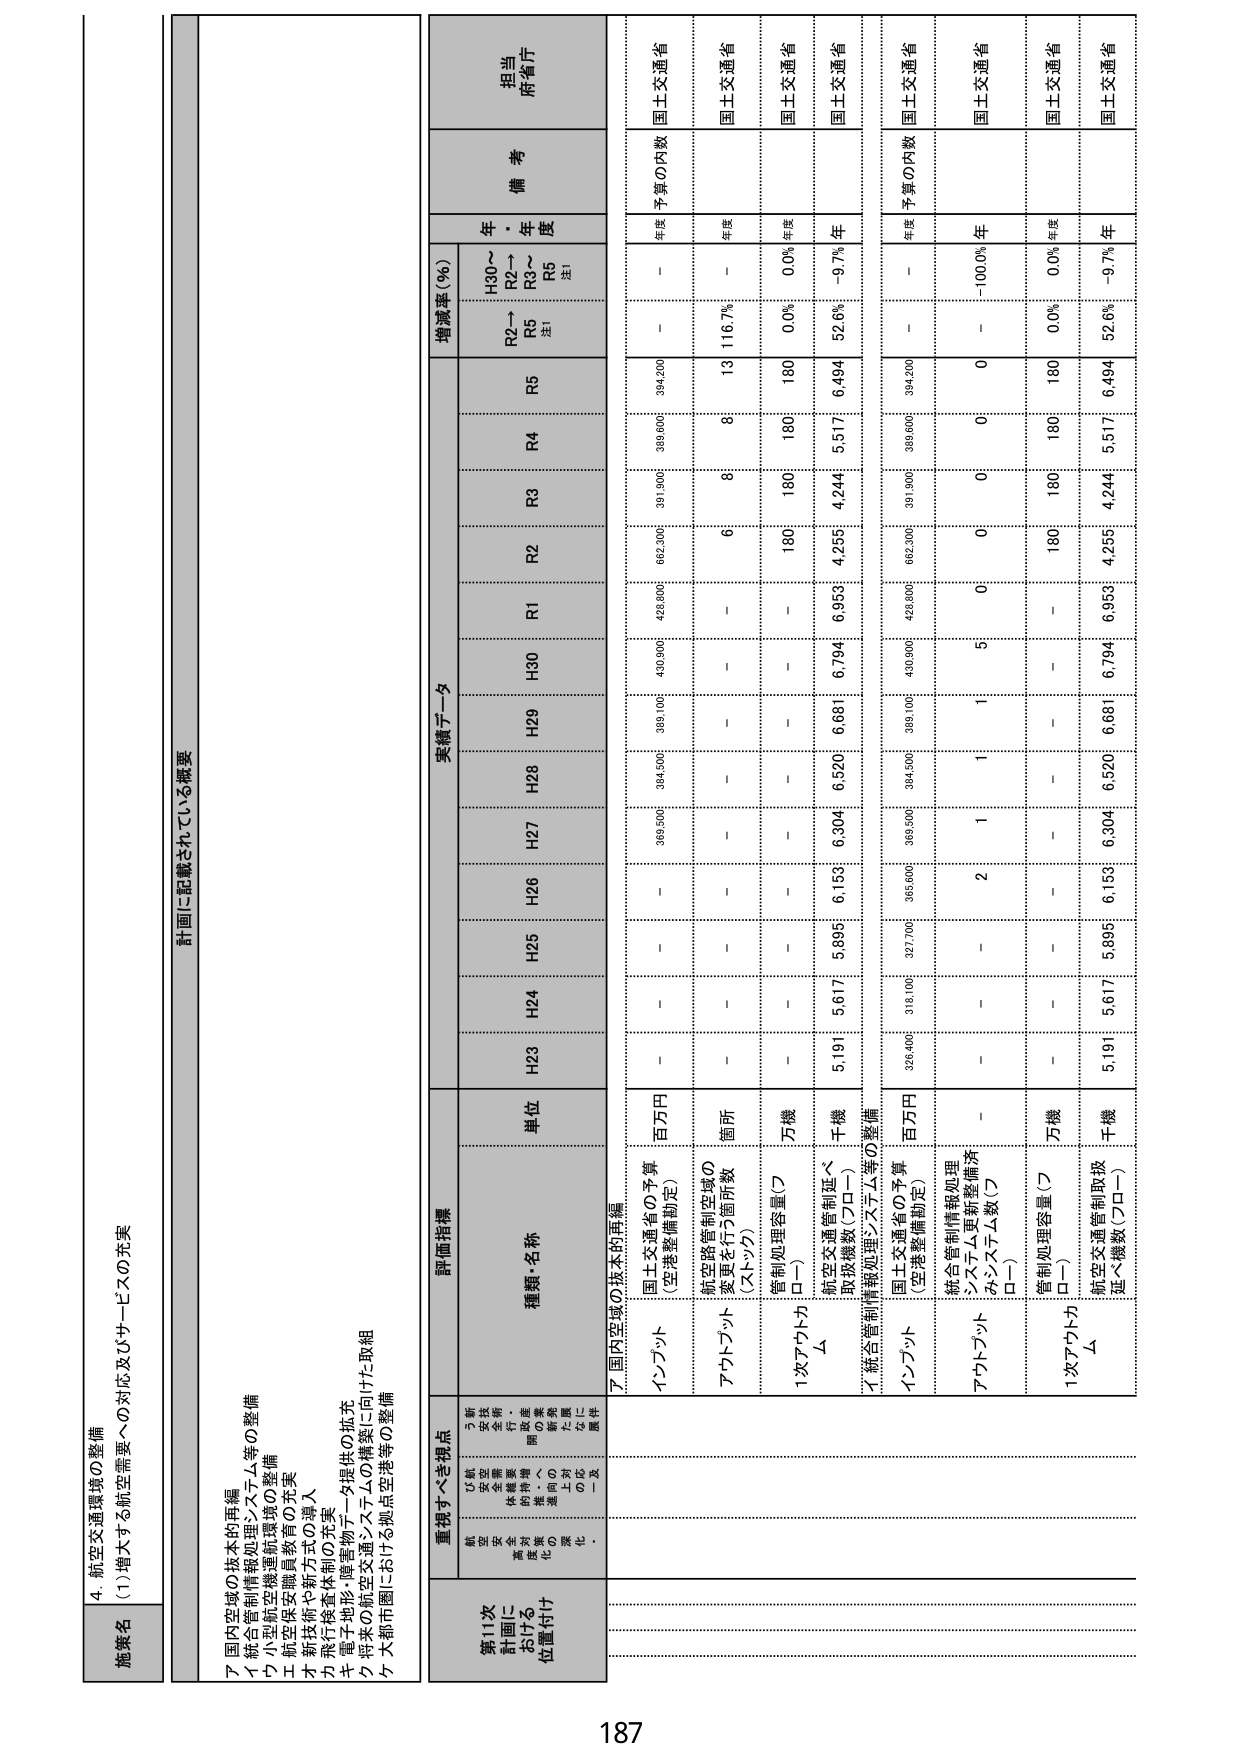
4. 航空交通環境の整備
(1) 増大する航空需要への対応及びサービスの充実

施策名

計画に記載されている概要

ア 国内空域の抜本的再編
イ 統合管制情報処理システム等の整備
ウ 小型航空機運航環境の整備
エ 航空保安制員教育の充実
オ 新技術や新方式の導入
カ 飛行検査体制の充実
キ 電子地形・障害物データ提供の拡充
ク 将来の航空交通システムの構築に向けた取組
ケ 大都市圏における拠点空港等の整備

第11次計画における位置付け
航空交通環境の整備を推進するための基本施策として、航空交通の安全・効率的運航を確保し、航空需要の増加に対応するための抜本的再編を重点的に実施する。

重視すべき視点
航空交通環境の整備を推進するための基本施策として、航空需要の増加に対応するための抜本的再編を重点的に実施する。

評価指標
種類・名称
単位
実績データ
増減率（％）
備考
担当府省庁

H30～R2→R5
R2～R5
R5
注1

H23
H24
H25
H26
H27
H28
H29
H30
R1
R2
R3
R4
R5

ア 国内空域の抜本的再編

インプット
国土交通省の予算（空港整備勘定）
百万円
－
－
369,500
384,500
389,100
430,800
428,800
662,300
391,900
389,600
394,200
－
－
－
国土交通省

アウトプット
航空路管制空域の変更を行う箇所数（ストップ）
箇所
－
－
－
－
－
－
－
6
8
13
116.7%
－
－
国土交通省

1次アウトカム
管制処理容量（プロー）
万機
－
－
－
－
－
－
－
180
180
180
0.0%
0.0%
年度
国土交通省

航空交通管制延べ取扱機数（プロー）
千機
－
－
－
－
－
－
－
4,255
4,244
5,517
6,494
52.6%
-9.7%
年
国土交通省

イ 統合管制情報処理システム等の整備

インプット
国土交通省の予算（空港整備勘定）
百万円
326,400
318,100
327,700
365,600
369,500
384,500
389,100
430,800
428,800
662,300
391,900
389,600
394,200
－
－
国土交通省

アウトプット
統合管制情報処理システム更新整備済みシステム数（プロー）
－
－
－
2
1
1
1
5
0
0
0
－
-100.0%
年
国土交通省

1次アウトカム
管制処理容量（プロー）
万機
－
－
－
－
－
－
－
180
180
180
0.0%
0.0%
年度
国土交通省

航空交通管制取扱延べ機数（プロー）
千機
－
－
－
－
－
－
－
4,255
4,244
5,517
6,494
52.6%
-9.7%
年
国土交通省

187